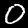
Digit: 0